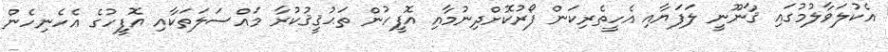
އެކުލަވާލުމުގައި ޤާނޫނީ ލަފަޔާއި އެހީތެރިކަން ފޯރުކޮށްދިނުމާއި އޮފީހުން ތަޙުޤީޤުކުރާ މައްސަލަތަކާއި އޮފީހުގެ އެހެނިހެން